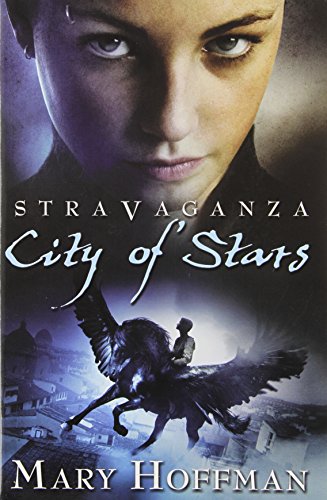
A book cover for City of Stars (Stravaganza, Book 2); Mary Hoffman; Teen & Young Adult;